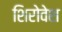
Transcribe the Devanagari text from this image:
शिरोवेश